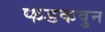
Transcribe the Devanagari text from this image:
फडकवुन